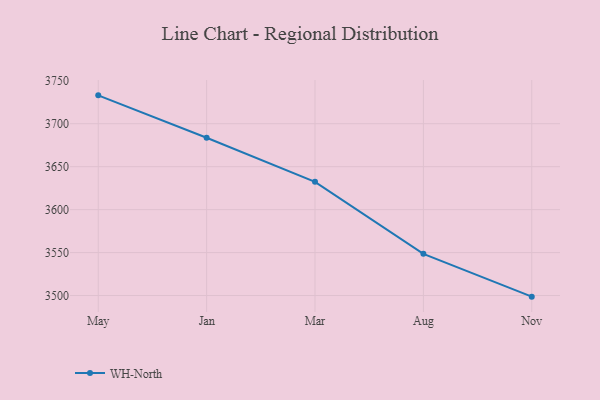
{"axis": {"x": "Month", "y": "Production Output"}, "legend": ["WH-North"], "data": [{"x": "May", "y": 3733.0, "type": "WH-North"}, {"x": "Jan", "y": 3683.7, "type": "WH-North"}, {"x": "Mar", "y": 3632.3, "type": "WH-North"}, {"x": "Aug", "y": 3548.5, "type": "WH-North"}, {"x": "Nov", "y": 3498.7, "type": "WH-North"}]}